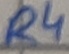
Text: R4